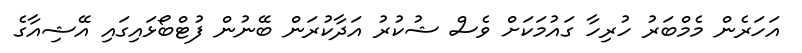
އަހަރެން މެމްބަރު ހުރިހާ ގައުމަކަށް ވެސް ޝުކުރު އަދާކުރަން ބޭނުން ފުޓްބޯޅައިގައި އޭޝިއާގެ